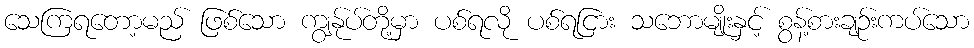
သေကြရတော့မည် ဖြစ်သော ကျွန်ုပ်တို့မှာ ပစ်ရလို ပစ်ရငြား သဘောမျိုးနှင့် စွန့်စားချဉ်းကပ်သော